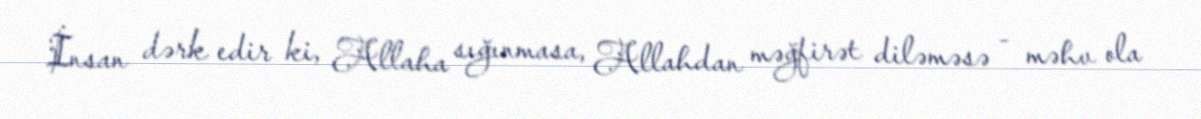
İnsan dərk edir ki, Allaha sığınmasa, Allahdan məğfirət diləməsə - məhv ola